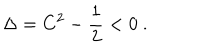
\Delta = C ^ { 2 } - { \frac { 1 } { 2 } } < 0 \ .